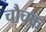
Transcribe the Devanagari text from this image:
चौचक